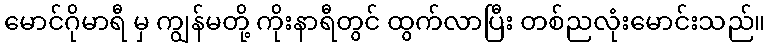
မောင်ဂိုမာရီ မှ ကျွန်မတို့ ကိုးနာရီတွင် ထွက်လာပြီး တစ်ညလုံးမောင်းသည်။